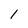
Character: 1